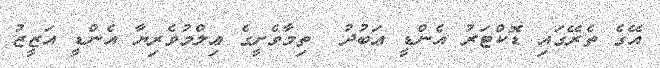
އޭގެ ތެރޭގައި ޑޮކްޓަރު އެންޑީ ޢަބުދު  ތިމާވެށީގެ ޢިލްމުވެރިޔާ އެންޑީ އަޒީޒު